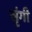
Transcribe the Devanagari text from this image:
सृंगी